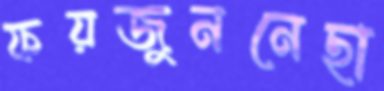
ফয়জুননেছা